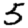
Digit: 5